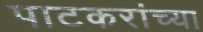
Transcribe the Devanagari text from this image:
पाटकरांच्या